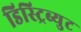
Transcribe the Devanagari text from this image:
डिस्ट्रिब्युट